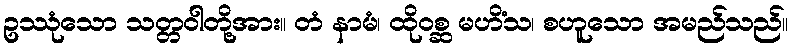
ဥဿုံသော သတ္တဝါတို့အား။ တံ နာမံ၊ ထိုဝစ္ဆ မဟိံသ၊ စဟူသော အမည်သည်။